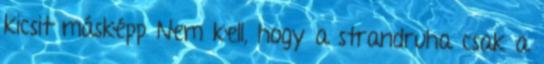
kicsit másképp Nem kell, hogy a strandruha csak a